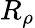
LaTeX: R_{\rho}